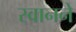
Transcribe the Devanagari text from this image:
स्वानने